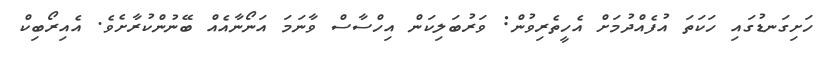
ހަށިގަނޑުގައި ހަކަތަ އުފެއްދުމަށް އެހީތެރިވުން: ވަރުބަލިކަން އިހްސާސް ވާނަމަ އަނޯނާއެއް ބޭނުންކުރާށެވެ. އެއިރޯބިކް